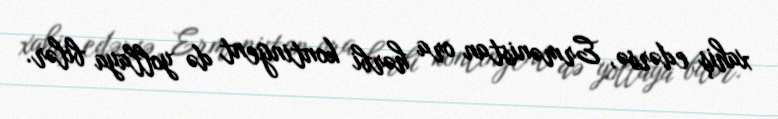
xahiş edərsə, Ermənistan ora hərbi kontingent də yollaya bilər.